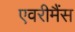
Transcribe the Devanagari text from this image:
एवरीमैंस